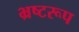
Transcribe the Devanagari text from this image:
भ्रष्टरूप